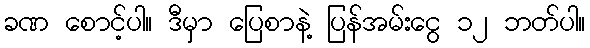
ခဏ စောင့်ပါ။ ဒီမှာ ပြေစာနဲ့ ပြန်အမ်းငွေ ၁၂ ဘတ်ပါ။